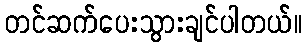
တင်ဆက်ပေးသွားချင်ပါတယ်။